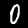
Digit: 0